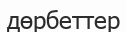
дөрбеттер